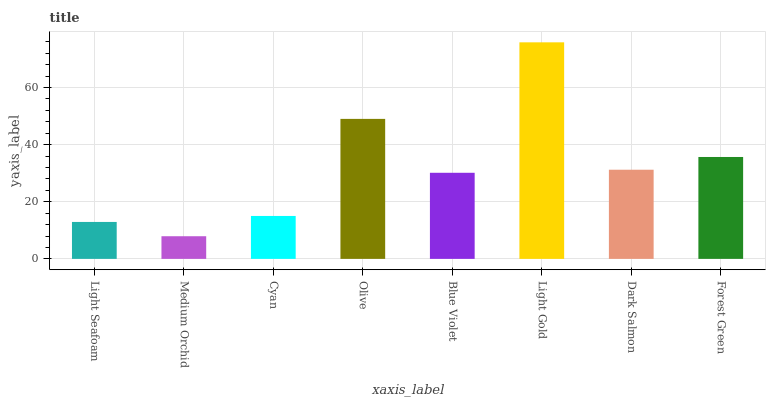
| xaxis_label | bars |
 | --- | --- |
 | Light Seafoam | 12.9 |
 | Medium Orchid | 7.93 |
 | Cyan | 15 |
 | Olive | 49 |
 | Blue Violet | 30.1 |
 | Light Gold | 75.8 |
 | Dark Salmon | 31.2 |
 | Forest Green | 35.7 |